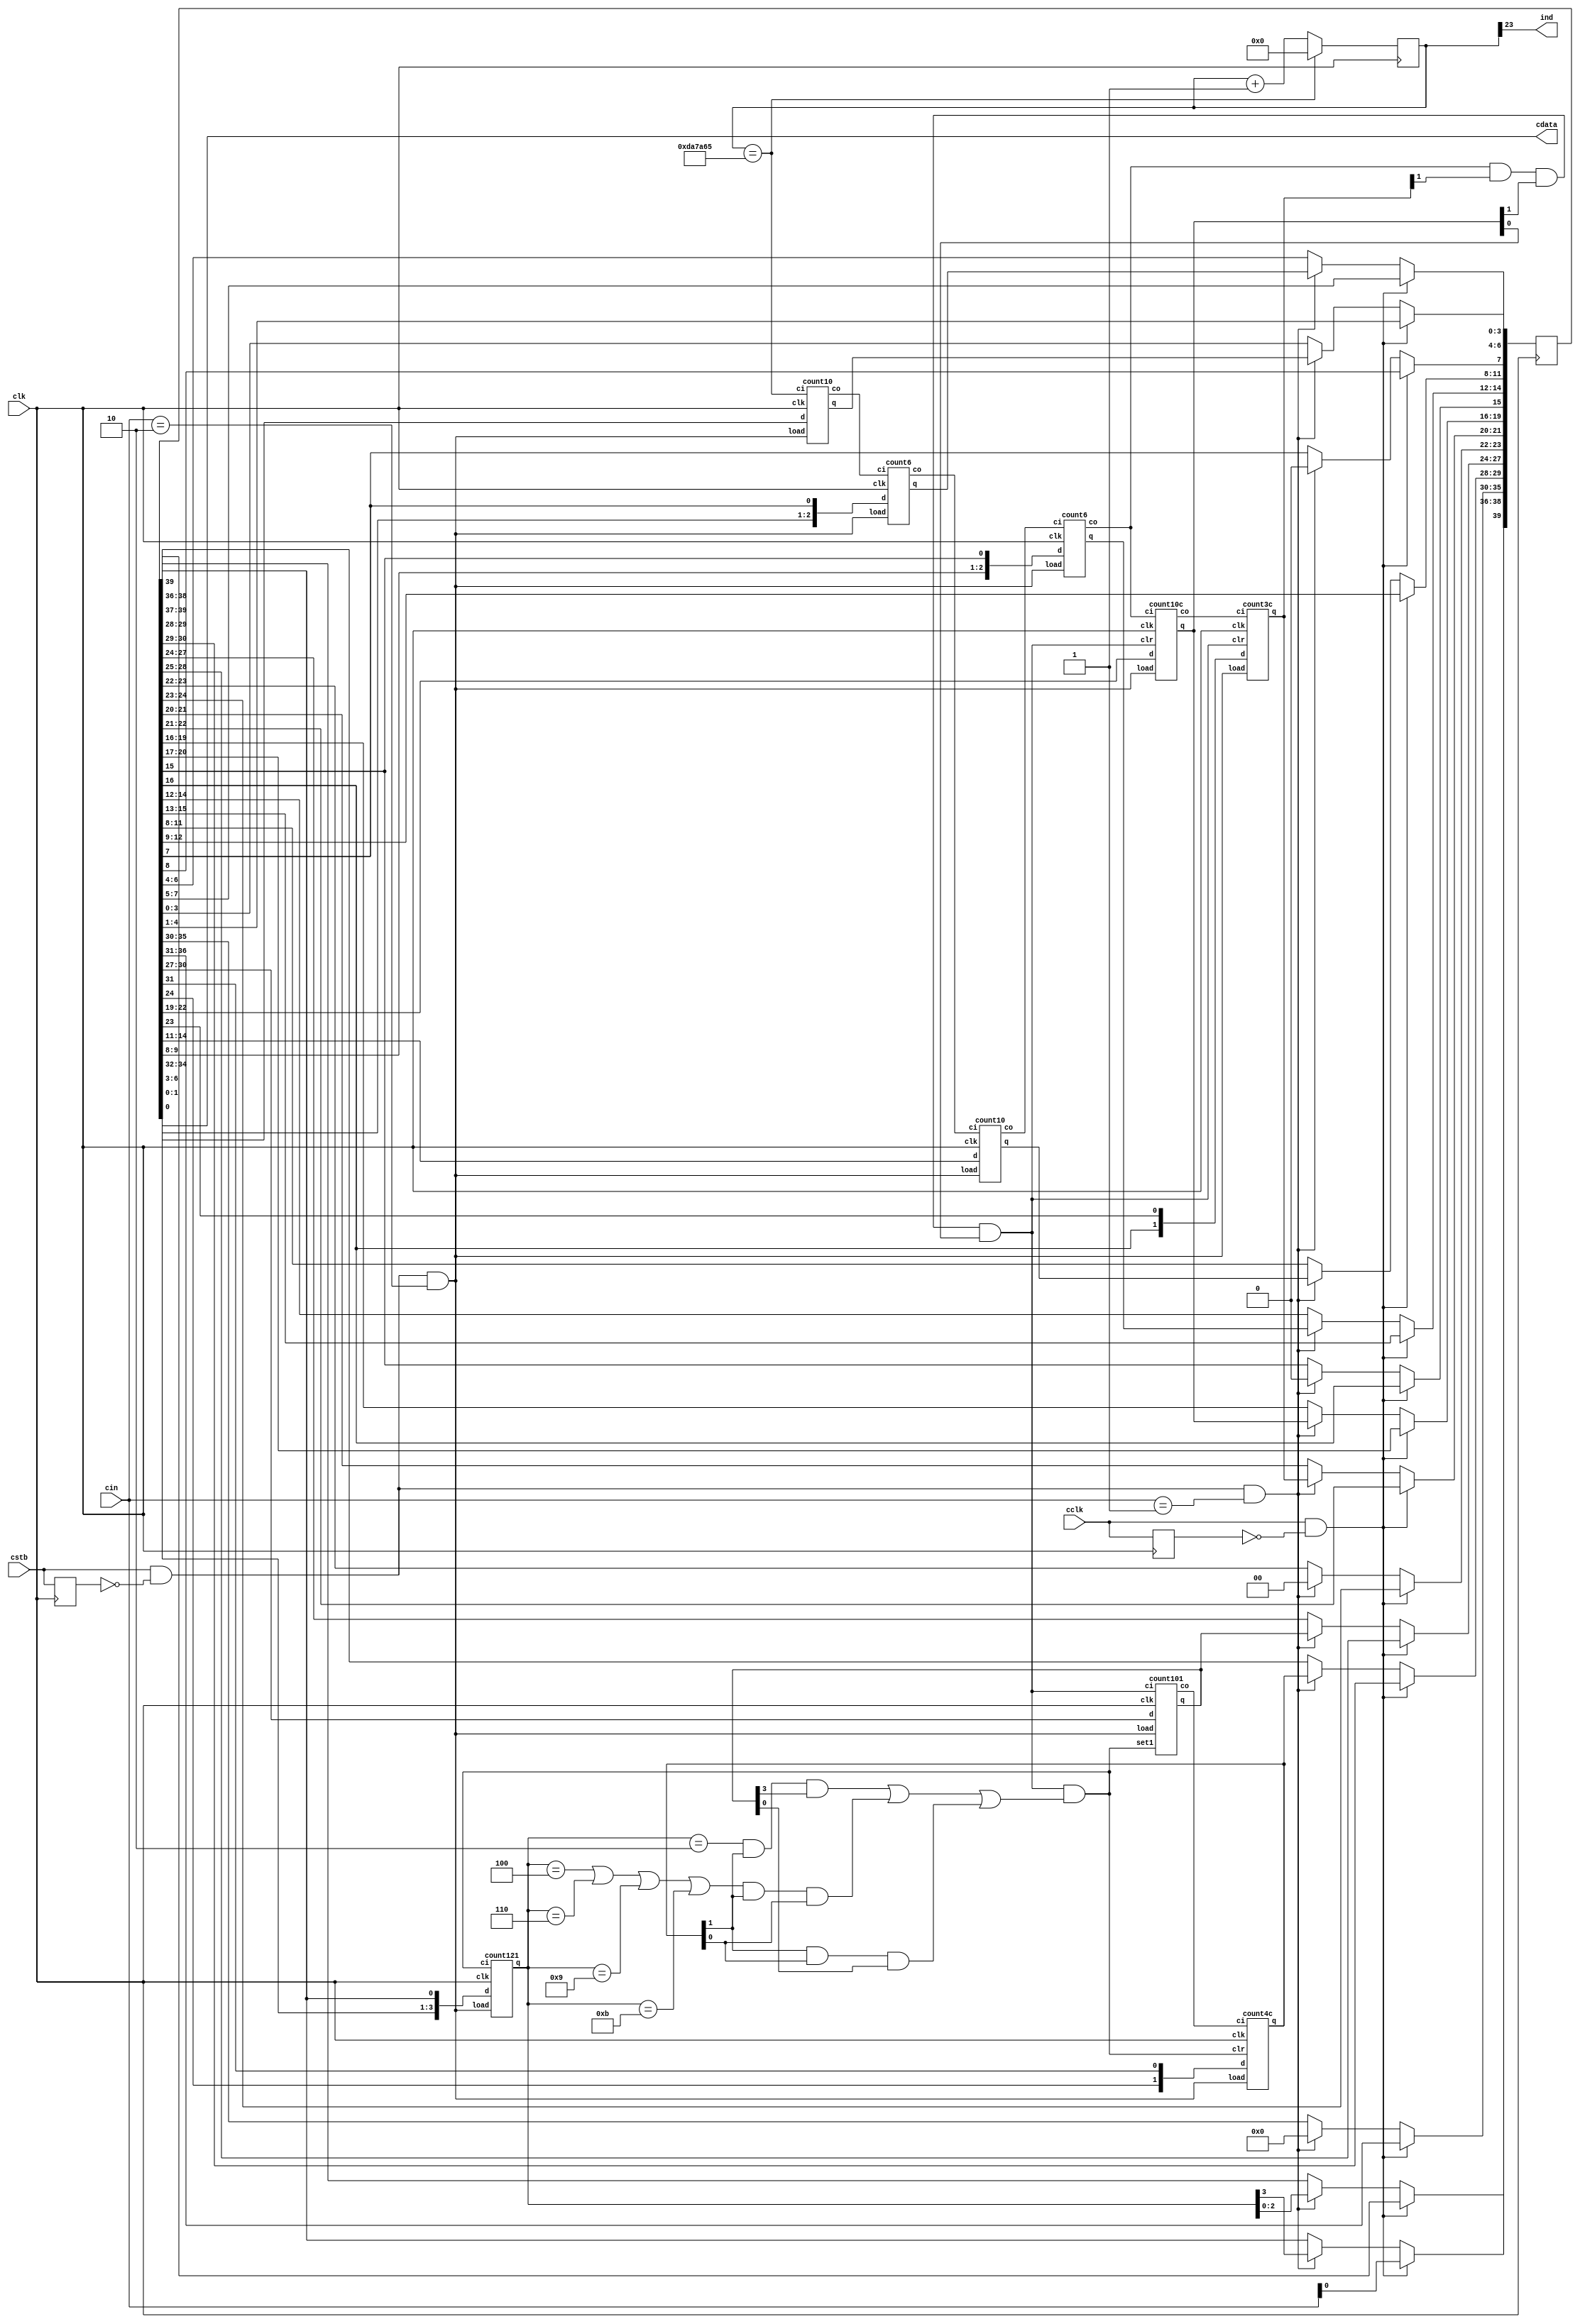
// RTC
// version 1.0

module rtc(clk, cstb, cclk, cin, cdata, ind);
	input clk;
	input [3:0] cin;
	input cstb, cclk;
	output cdata; // port10h
	output ind;
	reg [39:0] sr;
	reg [23:0] cnt = 0;
	reg cstb1 = 0, cclk1 = 0;
	wire cy0, cy1, cy2, cy3, cy4, cy5, cy6, cy7, load;
	wire [3:0] second0, minute0, hour0, day0, month;
	wire [2:0] second1, minute1;
	wire [1:0] hour1, day1;
	assign cy5 = cy3 & hour1[1] & hour0[1] & hour0[0];
	assign cy7 = cy5 & (month == 2 & day1[1] & day0[3] |
		(month == 4 | month == 6 | month == 9 | month == 11) & day1[1] & day1[0] |
		day1[1] & day1[0] & day0[0]);
	assign cnt_cy = cnt == 14318181;
	
	count10 c_second0(.clk(clk), .ci(cnt_cy), .co(cy0), .load(load), 
		.d(sr[6:3]), .q(second0));
		
	count6 c_second1(.clk(clk), .ci(cy0), .co(cy1), .load(load), 
		.d({ sr[1:0], sr[7] }), .q(second1));
		
	count10 c_minute0(.clk(clk), .ci(cy1), .co(cy2), .load(load), 
		.d(sr[14:11]), .q(minute0));
		
	count6 c_minute1(.clk(clk), .ci(cy2), .co(cy3), .load(load), 
		.d({ sr[9:8], sr[15] }), .q(minute1));
		
	count10c c_hour0(.clk(clk), .ci(cy3), .co(cy4), 
		.clr(cy5), 
		.load(load), .d(sr[22:19]), .q(hour0));
		
	count3c c_hour1(.clk(clk), .ci(cy4), 
		.clr(cy5), .load(load), 
		.d({ sr[16], sr[23] }), .q(hour1));
		
	count101 c_day0(.clk(clk), .ci(cy5), .co(cy6), 
		.set1(cy7), 
		.load(load), .d(sr[30:27]), .q(day0));
		
	count4c c_day1(.clk(clk), .ci(cy6), 
		.clr(cy7), 
		.load(load), .d({ sr[24], sr[31] }), .q(day1));
		
	count121 c_month(.clk(clk), .ci(cy7), .load(load), 
		.d({ sr[34:32], sr[39] }), .q(month));
		
	assign load = cstb & ~cstb1 & cin == 2;
	always @(posedge clk) begin
		cnt <= cnt_cy ? 0 : cnt + 1;
		cstb1 <= cstb;
		if (cstb & ~cstb1 & cin == 1) begin
			sr[3:0] <= second0;
			sr[6:4] <= second1;
			sr[7] <= 1'b0;
			sr[11:8] <= minute0;
			sr[14:12] <= minute1;
			sr[15] <= 1'b0;
			sr[19:16] <= hour0;
			sr[21:20] <= hour1;
			sr[23:22] <= 2'b00;
			sr[27:24] <= day0;
			sr[29:28] <= day1;
			sr[35:30] <= 6'b000000;
			sr[39:36] <= month;
		end
		cclk1 <= cclk;
		if (cclk & ~cclk1) begin
			sr[38:0] <= sr[39:1];
			sr[39] <= cin[0];
		end
	end
	assign cdata = sr[0];
	assign ind = cnt[23];
endmodule

module count10c(clk, clr, ci, co, load, d, q);
	input clk, ci, clr, load;
	output co;
	input [3:0] d;
	output [3:0] q;
	reg [3:0] q = 0;
	always @(posedge clk) begin
		if (load) q <= d;
		else if (clr) q <= 0;
		else if (ci) 
			if (co) q <= 0;
			else q <= q + 1;
	end
	assign co = ci & q[3] & q[0];
endmodule

module count101(clk, set1, ci, co, load, d, q);
	input clk, ci, load, set1;
	output co;
	input [3:0] d;
	output [3:0] q;
	reg [3:0] q = 0;
	always @(posedge clk) begin
		if (load) q <= d;
		else if (set1) q <= 1;
		else if (ci) 
			if (co) q <= 0;
			else q <= q + 1;
	end
	assign co = ci & q[3] & q[0];
endmodule

module count10(clk, ci, co, load, d, q);
	input clk, ci, load;
	output co;
	input [3:0] d;
	output [3:0] q;
	reg [3:0] q = 0;
	always @(posedge clk) begin
		if (load) q <= d;
		else if (ci) 
			if (co) q <= 0;
			else q <= q + 1;
	end
	assign co = ci & q[3] & q[0];
endmodule

module count3c(clk, ci, clr, load, d, q);
	input clk, ci, clr, load;
	input [1:0] d;
	output [1:0] q;
	reg [1:0] q = 0;
	always @(posedge clk) begin
		if (load) q <= d;
		else if (clr) q <= 0;
		else if (ci) q <= q + 1;
	end
endmodule

module count4c(clk, clr, ci, load, d, q);
	input clk, ci, load, clr;
	input [1:0] d;
	output [1:0] q;
	reg [1:0] q = 0;
	always @(posedge clk) begin
		if (load) q <= d;
		else if (clr) q <= 0;
		else if (ci) q <= q + 1;
	end
endmodule

module count6(clk, ci, co, load, d, q);
	input clk, ci, load;
	output co;
	input [2:0] d;
	output [2:0] q;
	reg [2:0] q = 0;
	always @(posedge clk) begin
		if (load) q <= d;
		else if (ci) 
			if (co) q <= 0;
			else q <= q + 1;
	end
	assign co = ci & q[2] & q[0];
endmodule

module count121(clk, ci, load, d, q);
	input clk, ci, load;
	input [3:0] d;
	output [3:0] q;
	reg [3:0] q = 0;
	always @(posedge clk) begin
		if (load) q <= d;
		else if (ci) 
			if (q[3] & q[2]) q <= 1;
			else q <= q + 1;
	end
endmodule